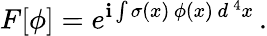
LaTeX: F[\phi]=e^{\mathbf{i}\int\sigma(x)\, \phi(x)\, d^{\, 4}x}\, .